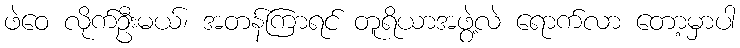
ဖဲဝေ လိုက်ဦးမယ်၊ အတန်ကြာရင် တူရိယာအဖွဲ့လဲ ရောက်လာ တော့မှာပါ